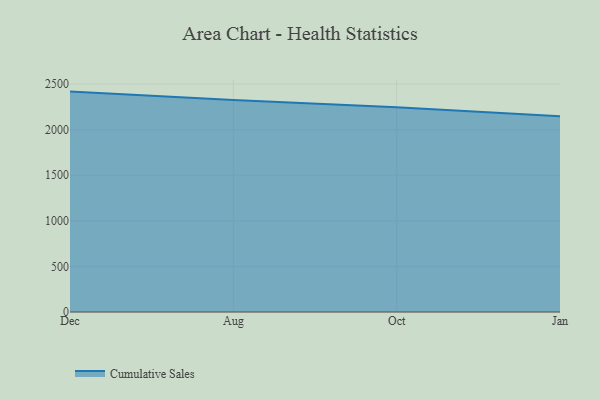
{"axis": {"x": "Month", "y": "Demand Index"}, "legend": ["Cumulative Sales"], "data": [{"x": "Dec", "y": 2417.6, "type": "Cumulative Sales"}, {"x": "Aug", "y": 2326.6, "type": "Cumulative Sales"}, {"x": "Oct", "y": 2247.2, "type": "Cumulative Sales"}, {"x": "Jan", "y": 2148.4, "type": "Cumulative Sales"}]}